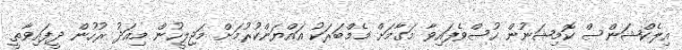
އިލެކްޝަންސް ކޮމިޝަނުން ހުސްވެފައިވާ މަގާމަށް މެމްބަރަކު އައްޔަންކުރުމަށް މަޖިލީހުން މިއަދު ރުހުން ދީފައިވާތީ